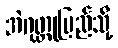
အဲဂုတ္တုပြည်သို့